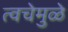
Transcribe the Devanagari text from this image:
त्वचेमुळे